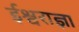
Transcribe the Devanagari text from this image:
ईश्वराज्ञा